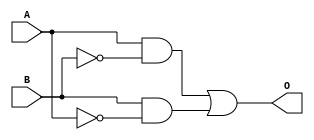
module XOR_gate(
    input A,
    input B,
    output O
);

wire not_A, not_B;
wire and1_output, and2_output;

assign not_A = ~A;
assign not_B = ~B;
assign and1_output = A & not_B;
assign and2_output = B & not_A;
assign O = and1_output | and2_output;

endmodule